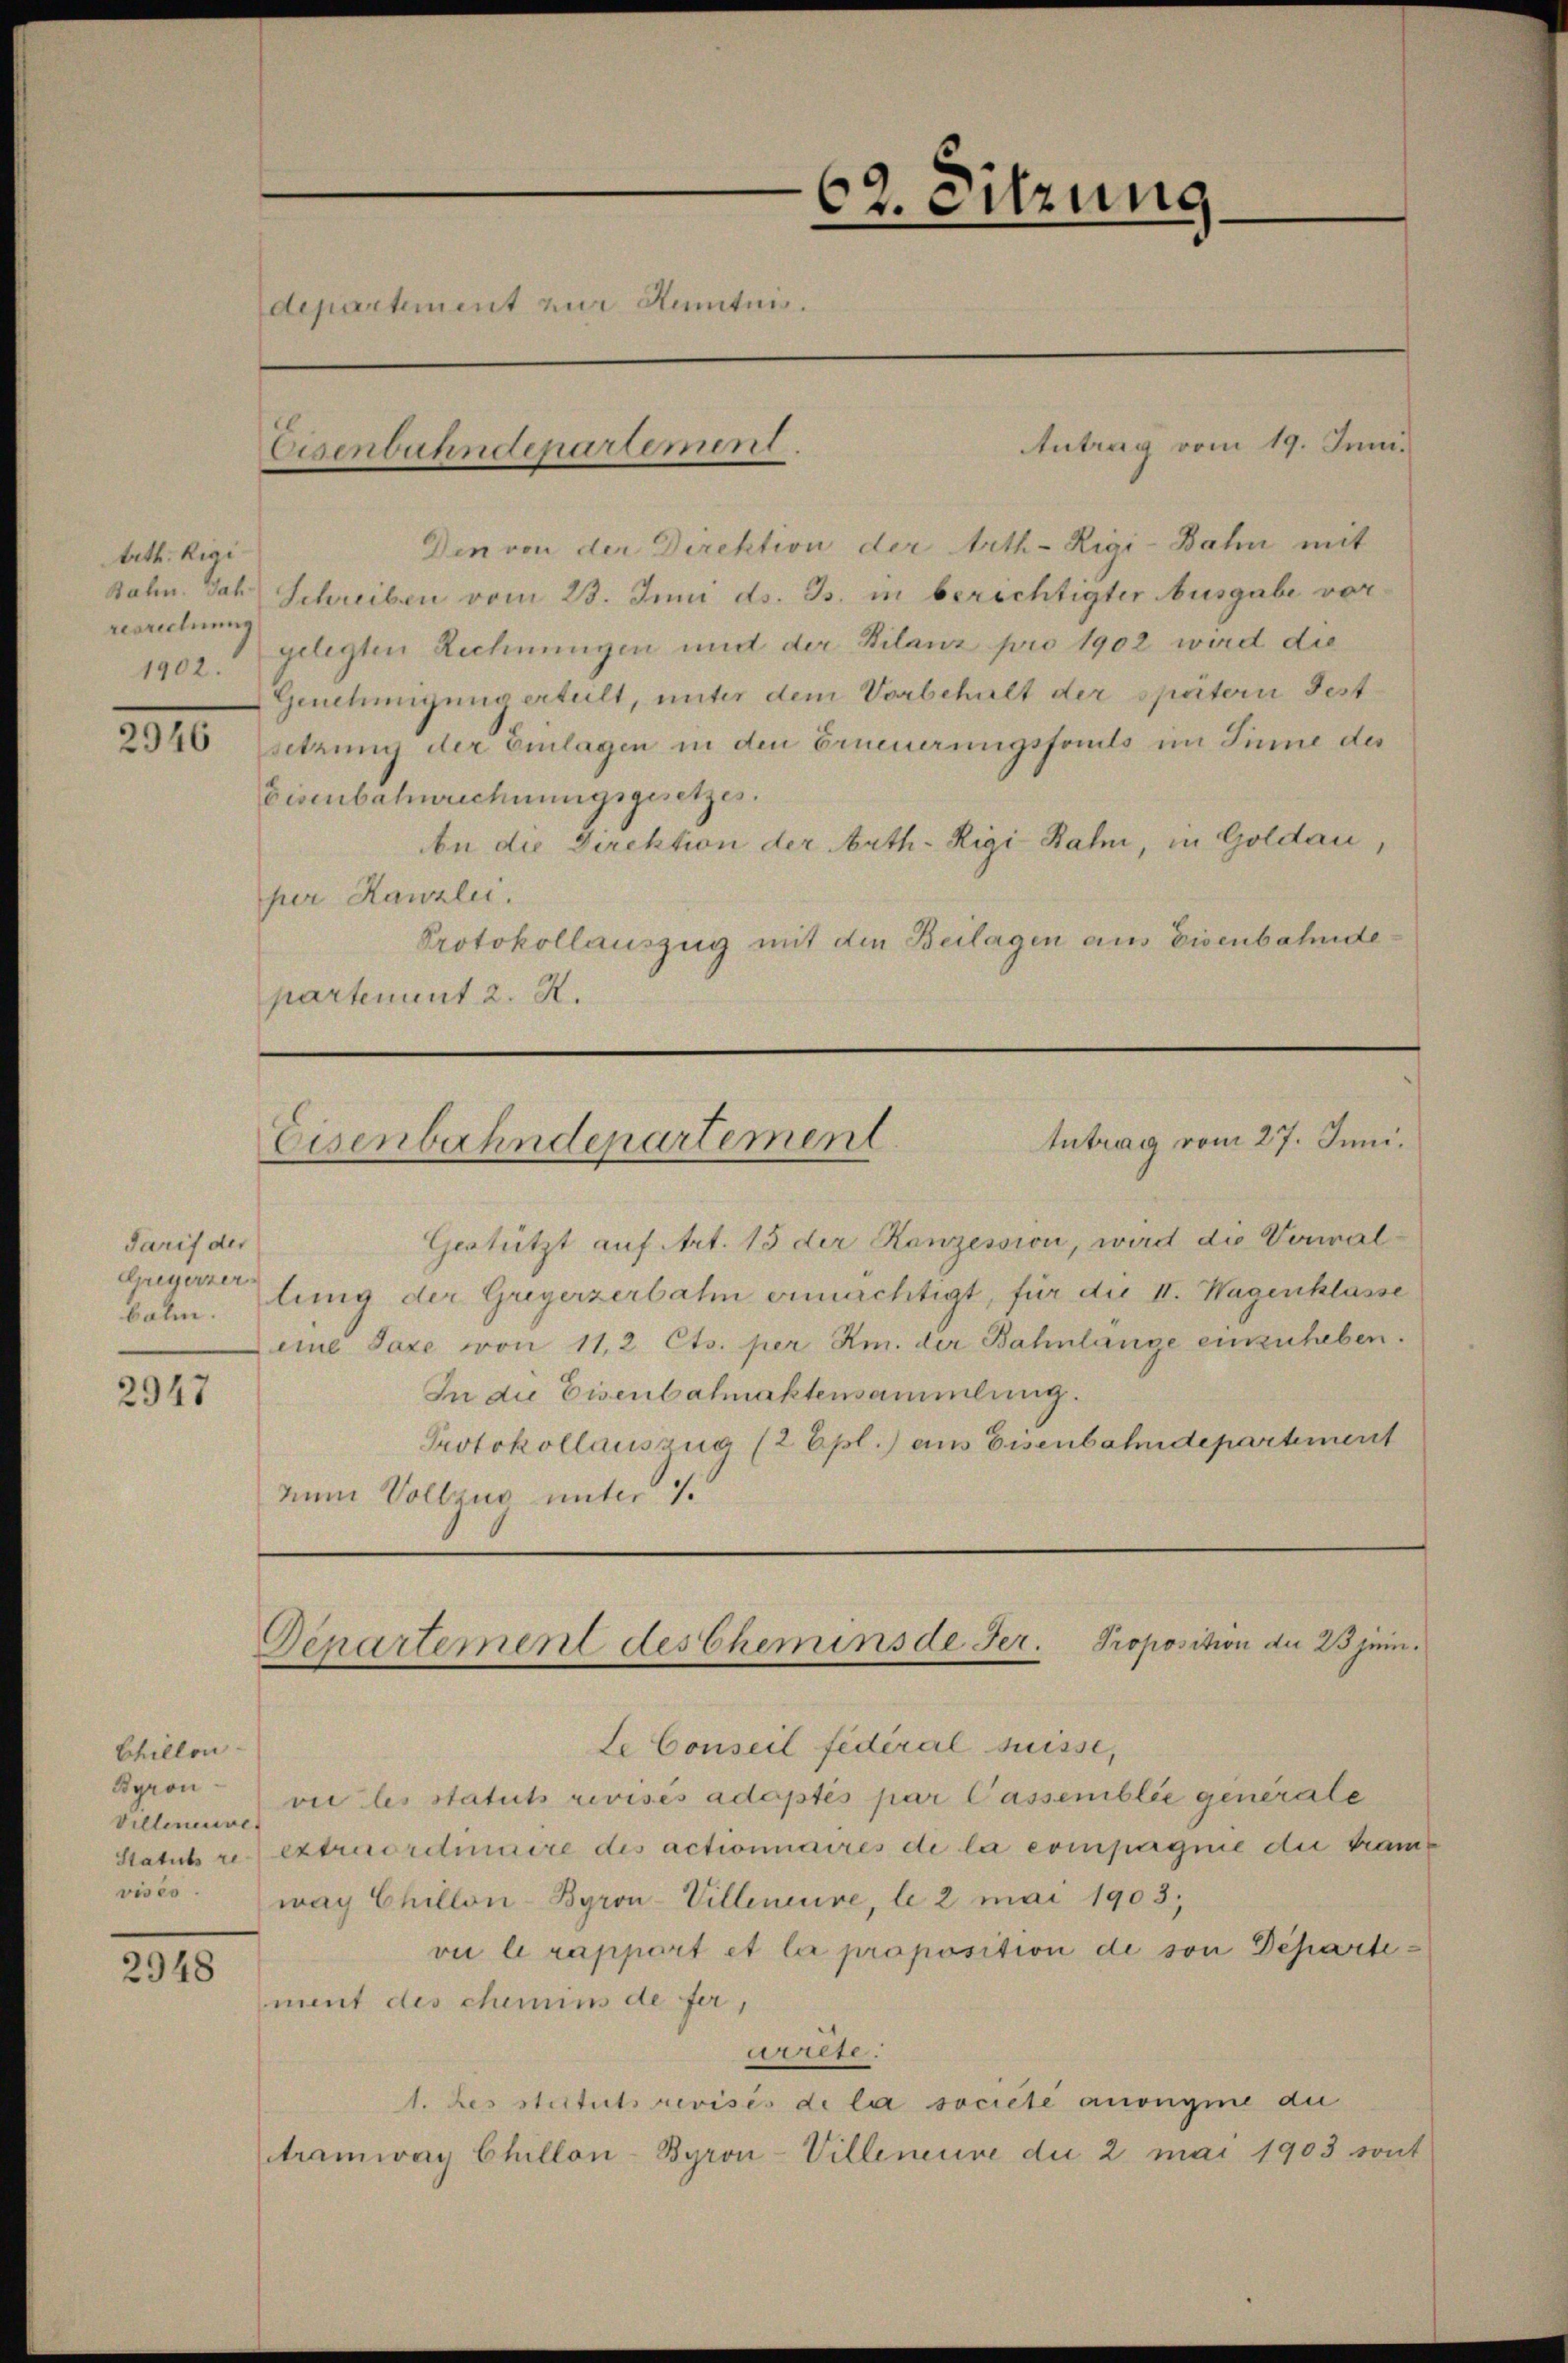
trth. Rigi
resrechnung

2310

Tarif der
Greyerner
balm.

2947

Chillon
Byron¬
Villeneuve
visés.

2948

62. Sitzung.
departement zur Kuntnis.

Eisenbahndepartement.

Den von der Direktion der Arth-Rigi-Bahn mit
Bahn. Joh. Schreiben vom 23. Juni ds. B. in berichtigter Ausgabe vor¬
1902. gelegten Rechnungen und der Bilanz pro 1902 wird die
Genehmigung erteilt, unter dem Vorbehalt der spätern Festsetzung der Einlagen in den Erneuerungsforts im Sinne des
Eisenbahnrechnungsgesetzes.
An die Direktion der Arth. Rigi Rahn, in Goldau,
per Kanzlei.
Protokollauszug mit den Beilagen aus Eisenbahndepartement 2. X.

Antrag vom 19. Juni.

Antrag vom 27. Juni.
Eisenbahndepartement

Gestützt auf Art. 15 der Kanzession, wird die Vorwal-
lung der Greyerzerbahn ermächtigt, für die II. Wagenklasse
eine Taxe von 11,2 Cts. per m. der Bahnlänge einzuheben.
In die Eisenbalmaktensammlung.
Protokollauszug (2 Epl.) aus Eisenbahndepartement
num Vollzug unter 1.

Gepartement des Chemins de Ger. Proposition du 25 jeni¬

te Conseil fédéral suisse,
vie les statuts revises adoptés par Cassemblie generale
Statuts r. extraoretinuire des actionnaires de la compagnie die tranway Chillon-Byron-Villeneure, le 2 mai 1903;
vie le rapport et le proposition de von Departement des chemins de fer,
arrete.
1. des stitutsrevisés de la societe anonyme du
tramway Chillon-Byron-Villeneuve du 2 mai 1903 sont